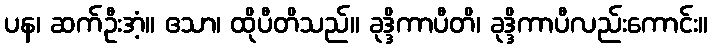
ပန၊ ဆက်ဦးအံ့။ ဧသာ၊ ထိုပီတိသည်။ ခုဒ္ဒိကာပီတိ၊ ခုဒ္ဒိကာပီလည်းကောင်း။